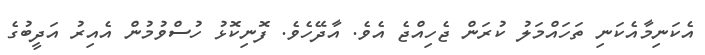
އެކަނިމާއެކަނި ތަހައްމަލު ކުރަން ޖެހިއްޖެ އެވެ. އާދޭހެވެ. ފޮނިކޮޅު ހުސްވުމުން އެއިރު އަދީބުގެ